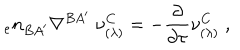
{ _ { e } n _ { B A ^ { \prime } } } \nabla ^ { B A ^ { \prime } } \; \nu _ { ( \lambda ) } ^ { C } = - { \frac { \partial } { \partial \tau } } \nu _ { ( \lambda ) } ^ { C } \; ,